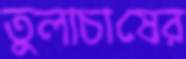
তুলাচাষের